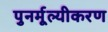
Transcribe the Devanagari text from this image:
पुनर्मूल्यीकरण